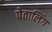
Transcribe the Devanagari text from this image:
पेतालिंग